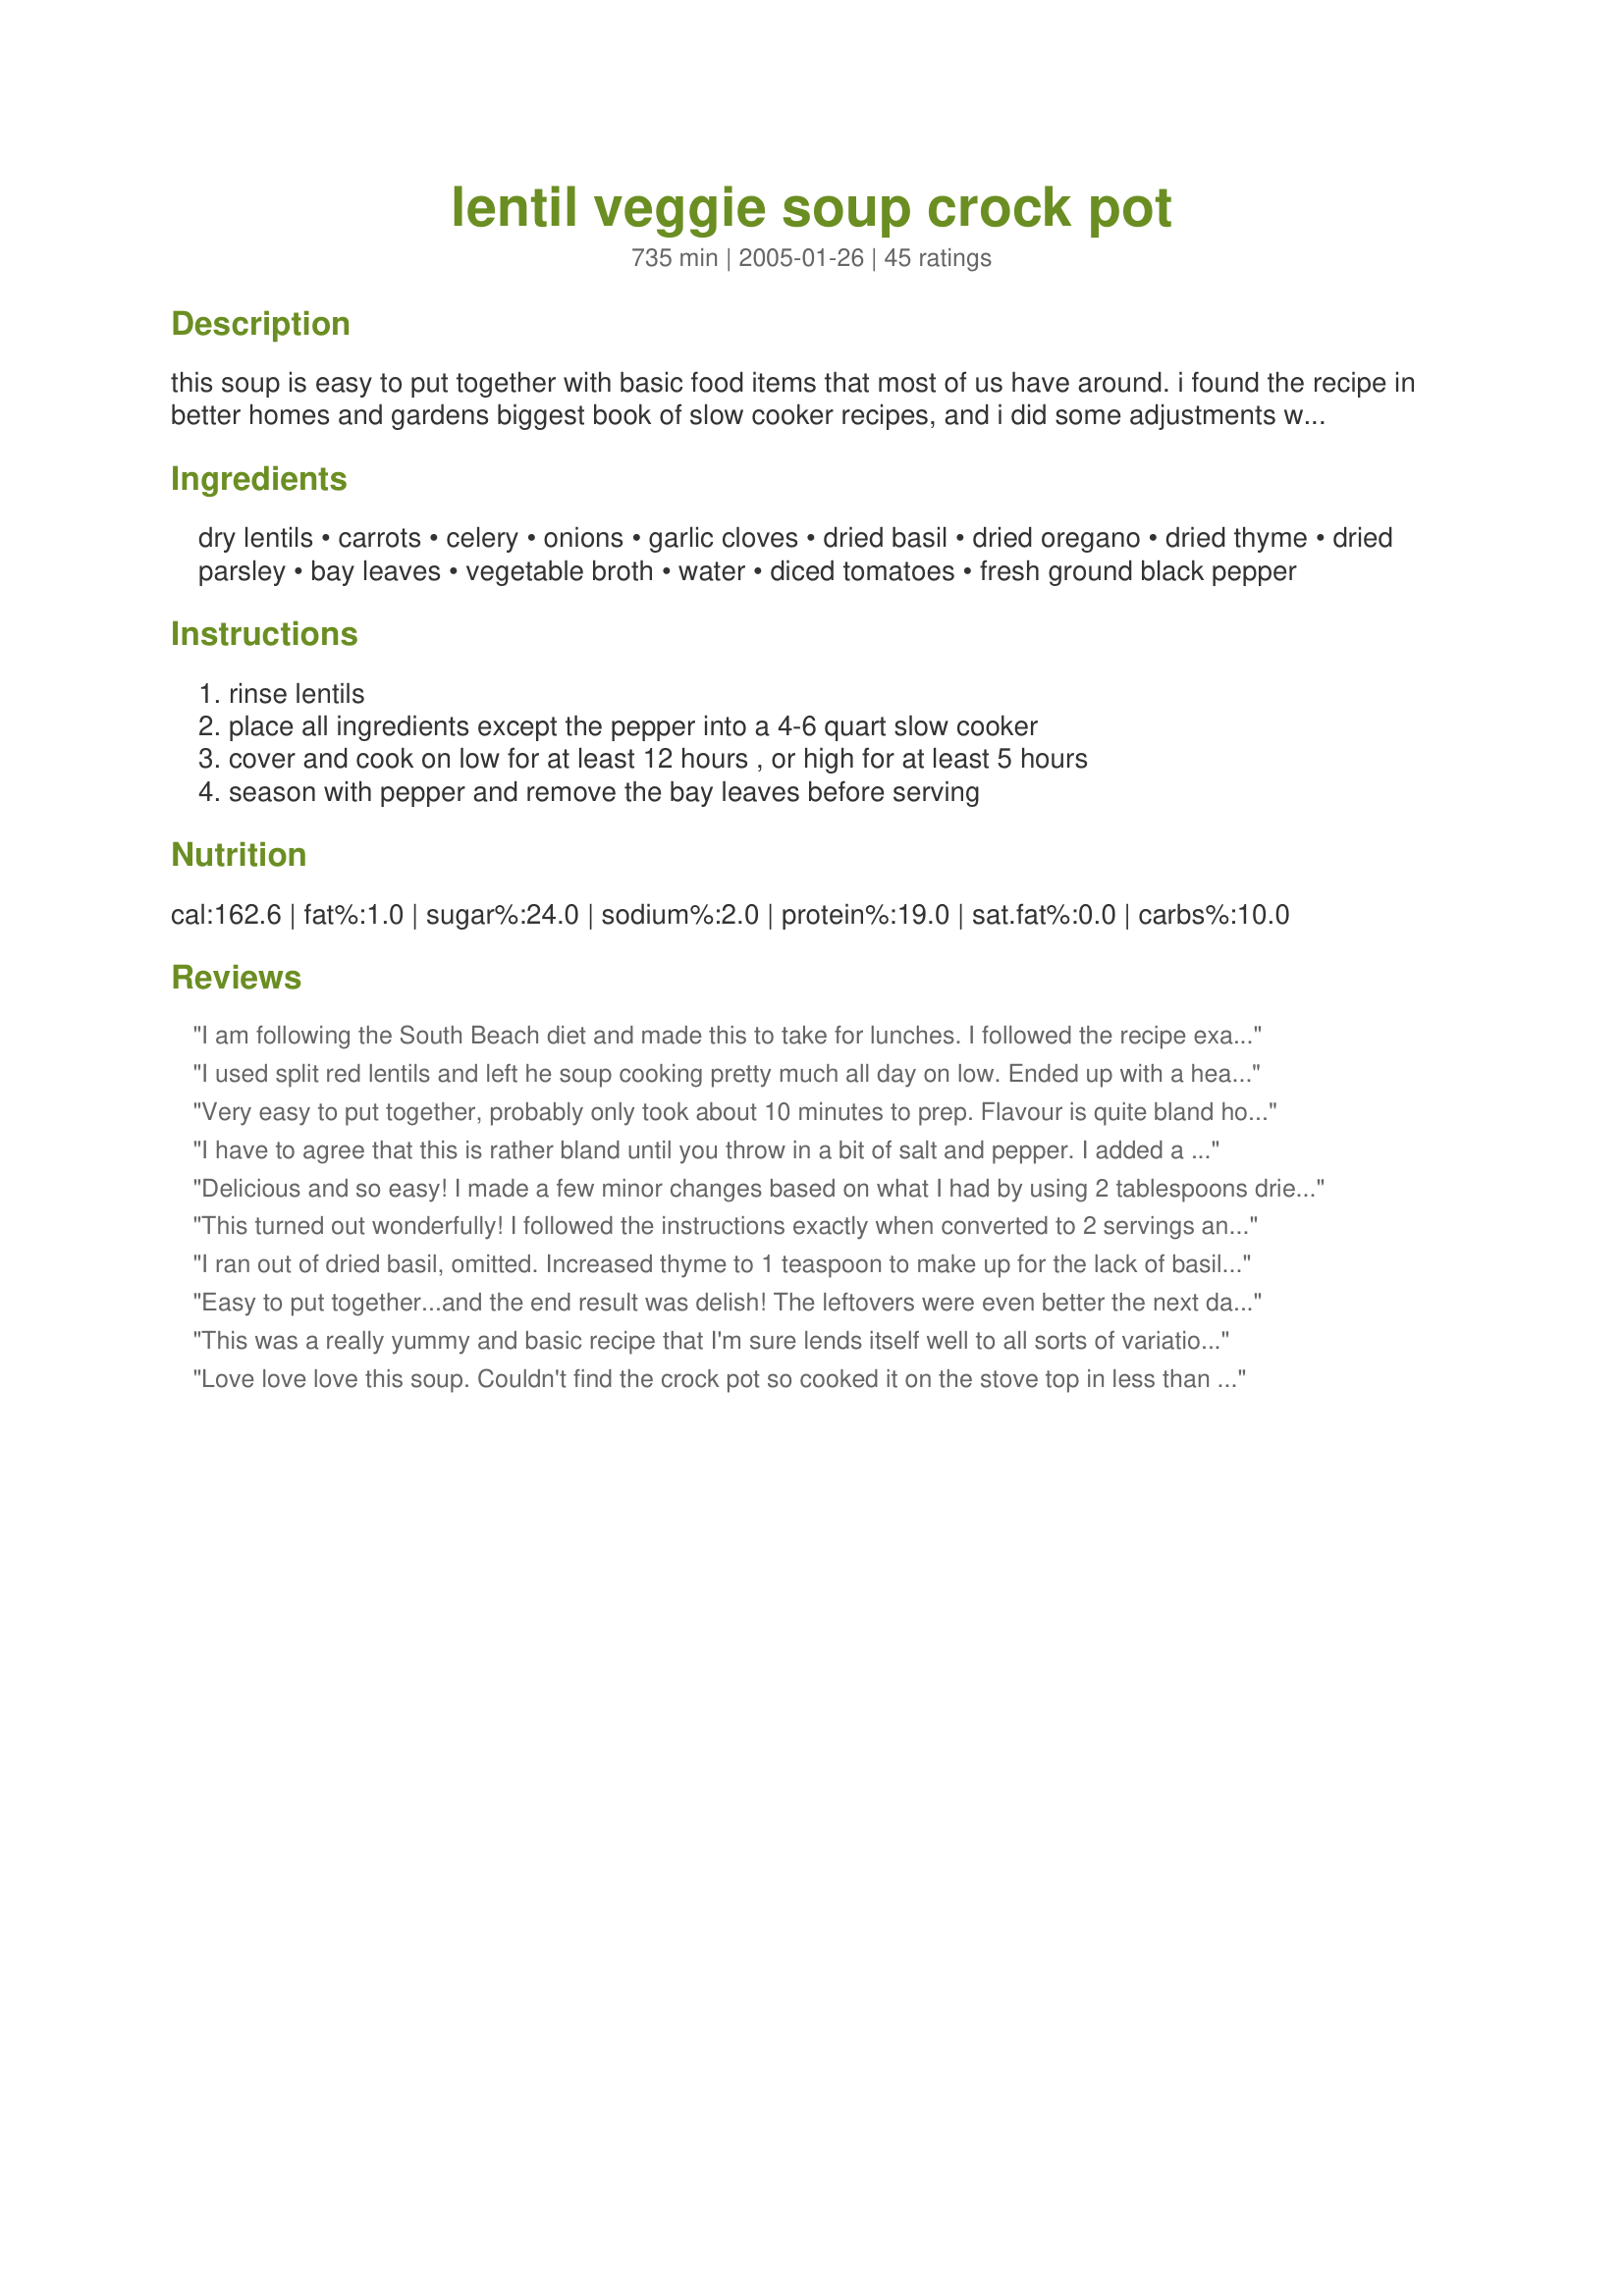
lentil veggie soup crock pot
Preparation time: 735 minutes

this soup is easy to put together with basic food items that most of us have around. i found the recipe in better homes and gardens biggest book of slow cooker recipes, and i did some adjustments with the vegetables and herbs used. i was surprised at how good this very simple soup turned out.

Ingredients:
dry lentils, carrots, celery, onions, garlic cloves, dried basil, dried oregano, dried thyme, dried parsley, bay leaves, vegetable broth, water, diced tomatoes, fresh ground black pepper

Steps:
rinse lentils, place all ingredients except the pepper into a 4-6 quart slow cooker, cover and cook on low for at least 12 hours , or high for at least 5 hours, season with pepper and remove the bay leaves before serving

Reviews:
I am following the South Beach diet and made this to take for lunches. I followed the recipe exactly, omitted the carrots but added 1/2 lb chopped turkey sausage and cooked overnight in the crockpot for 12 hours. The first day, the lentils were undercooked....I used an electric hand held emulsifier to blend in the ingredients for a smoother soup. The next day, it was a bit more flavorful but the lentils were still a bit undercooked. I will try this on the stove top next time and/or soak the lentils overnight.
I used split red lentils and left he soup cooking pretty much all day on low. Ended up with a hearty and tasty soup (although I'll be taking it up a notch or two next time), which both adults and kids liked. I'll be keeping this as a good basic recipe that can take lots of variation.
Very easy to put together, probably only took about 10 minutes to prep. Flavour is quite bland however, I added some some red pepper flakes to give it some heat and it was much better.
I have to agree that this is rather bland until you throw in a bit of salt and pepper. I added a splash of hot sauce as well. This would be a great meal for those with high blood pressure if fresh tomatoes were subsituted for the canned (I used fresh because I had them on hand) and used a low-sodium broth. To me, there can never be enough garlic in a recipe so I smashed 4 cloves up and put them in nearly whole, in addition to 3 minced cloves. Also, used beef broth instead of vegetable and added 1.5 cups of frozen corn. Not a bad recipe as it's super easy to make, but I'll probably only make it when in a bind to use up vegetables.
Delicious and so easy! I made a few minor changes based on what I had by using 2 tablespoons dried onion (instead of regular onions), 2 tablespoons fresh parsley (instead of dried), 1 can of veg broth and 1/2 can of chicken broth, 1 cup of water and 1 large can (28 oz) of tomatoes. I cooked it on low for 10 1/2 hours and it was wonderful soup which we will be having again soon.
This turned out wonderfully! I followed the instructions exactly when converted to 2 servings and made it in a 2 quart crock.
I ran out of dried basil, omitted. Increased thyme to 1 teaspoon to make up for the lack of basil. Substituted 3 tomatoes for the can tomatoes. I added 1/2 cup of barley and increase broth by 1 can. Cooked on high for 5 hours. Squeezed fresh wedges of lime into each bowl at the table. Delicious soup. My daughter asked me to pack some for her school lunch tomorrow. Thank you Vino Girl.
Easy to put together...and the end result was delish! The leftovers were even better the next day. Followed the recipe exactly but left out the celery because I did not have any. Gotta try this with corn bread....great for a chilly fall day. Thanks for posting!
This was a really yummy and basic recipe that I'm sure lends itself well to all sorts of variations. I did not presoak the lentils and they came out just fine after 5 hours on high. I added more liquid as I like a "soupier" soup, and added a hefty bunch of salt before serving. I think you can quite safely sub whatever veggies you may have on hand here; next time I will likely add some green beans and maybe even a potato to make it more of a veggie soup with lentils. Thanks for posting! Made for Healthy Choices ABC tag.
Love love love this soup. Couldn't find the crock pot so cooked it on the stove top in less than an hour, no soaking of lentils. That's the only thing I changed and it was perfect. Thanks for the recipe.
Maybe I'm not being fair giving this 3 stars. I guess it depends on what you want. This soup tasted *exactly* like Progresso Minestrone Soup, but with lentils. So it was more of an italian flavored vegetable soup with lentils, rather than a lentil soup with vegetables. If you want a tomatoey vegetable soup, this will fit the bill, but if you are looking for a traditional lentil soup, you will be disappointed.
Yum yum! This is a great cold rainy day recipe. The lentils were nice and soft but not mushy, and the flavor is outstanding! I doubled the garlic, because I like garlic, and threw in some onion and garlic salt to taste at the end to liven it up. I also tossed in a hint of cumin, just to see what would happen, and it gave it a nice smoky flavor that my spice-loving SO really enjoyed. So, it's recommended as is, or it's easy to zip up to suit everyone's tastes.
Very good recipe for lentils. I made this according to the recipe except I added 2 more cans of broth, 1 beef,1 chicken when it was finished.It was what I had on hand. It had a
great flavor but was too thick for our taste with only 2 cans of broth.I cooked it on high for 7 hrs., and served it with homemade buttermilk bread & butter.
The soup was a bit bland so I would recomend a few pinches of chili powder or some drops of hot sauce.
Great basic recipe. Since we aren't vegetarians, I used chicken broth and then added extra garlic and a few pinches of cayenne pepper. Going to make again very soon with the addition of leftover thanksgiving turkey.
Excellent- I only had 2 hours to make this, not 12, so I sped things up by sauteeing the veggies in oil to soften them before putting them in the crock pot. Also omitted celery because I didn't have any on me and I used Rotel (tomatoes and chilies) for the can of tomatoes. Added a sprinkle of cumin too for a smoky taste!
This soup needed flavor badly. I followed the instructions as written and it is a very bland soup. The only thing I believe could save this soup would be to cook it with sausage or other meat. I love vegetables, and I eat tofu dishes all of the time, this soup is just plain, well, plain. I'll probably just toss it.
This was my first time making Lentils. I loved this sooup, so yummy and healthy. I added some hot sauce, garlic salt, and a little soy sauce for extra flavor!
I didn't find it bland at all. I used Campbell's Vegtable Broth which I think is pretty flavorful. I left the pepper for individuals put on. I put 3 slightly heaped tsp of minced garlic from a jar in. It doesn't really need any extra flavor but if you like a bit of spice hot sauce or cayenne wouldn't go a stray. Also it was easy and smelt yummy when we came home! Thank you!
We really enjoyed this healthy soup! I added some zucchini and even some cauliflour left over from a veggie tray. Added just a pinch of red pepper flakes and a pinch of kosher salt too based on ideas from other reviewers. My crock pot runs really hot, so on low 6 hours was just right. Gotta know your crock pot. Perfect on a cool day with some whole grain bread from the bakery.
An easy, comforting soup on a cool, fall day! It made my house smell so wonderful and tasted just as good. My family said it was a little bland, but I thought it was fine the way it was. Thanks so much for sharing!
Excellent, flavorful. I'm not a fan of regular lentil soup, so the addition of carrots, celery, & onion make it perfect on a cold autumn evening.
I followed the directions exactly expect that I added in mushrooms because I had to get rid of them. Overall, I found this soup bland even though there were a lot of aromatic and spices added. My house smelled wonderful, but it smelled like I was making minestrone soup. It was a great basic recipe and I could seeing it working well with a lot of different flavors and veggies.
This was so delicious and filling! We ate it with toast and with a little shredded cheese on top. It was also very very easy and quick to put together. Thank you, we will be making this again for sure!
So easy and good for you. It is great for a simple, basic dinner that is low fat and healthy. Thanks!
It was good. Easy enough because your using the Crock pot yes, but I found it rather salty maybe because of the can of diced tomatoes. I'm going to try it again next time either using tomato sauce or fresh diced tomatoes. Not bad though I made a few other ones from this site and like them all.
To make a more hearty but still meatless soup, I added 2 Italian Field Roast sausages, minced and browned. I used 2 sweet potatoes instead of carrots. Also added asparagus. mmmmm good!
This was so good. I actually added chicken breasts to this and then once they were cooked, I shredded the chicken. It was delicious.
Good & easy. I used beef broth, and zucchini instead of celery b/c I was out. This needed a good pinch of salt, but otherwise is great as-is! Thanks for an easy & healthy recipe.
DELICIOUS! Followed exactly except A) tomatoes come in 28onces can in my part of the world, so used all B) in a 4.5 quart cooker, used 2 cubes of broth and filled water up to 1/2 inch of ledge in place of cans of broth.
Mmmmmm...this really hit the spot today. My only changes were to cook it on the stove and added a dash of balsamic vinegar to the soup right before serving. Loved it! Thanks for posting.
Easy to make, my lentils came out perfect (I used the plain old brown kind) without pre-soaking suggested by other. Makes a bunch and freezes well.
A healthy and wholesome soup that made a filling lunch along with side salad. For our tastes, it needed a good measure of salt and I threw in a couple shakes of red pepper flakes in addition to the fresh ground black pepper. Thanks and here's to our health
:-)
Not flash, made it as directed and found it lacking in flavour.
Thank you for this recipe. it’s rainy and cold here and the perfect time for this soup, so I will make something like your soup for my husband soon. I hope he is gonna like it. and come to some soup recipe&gt;&gt; http://www.brokevegankitchen.com/2017/08/the-most-searched-lentil-potato-slow.html
This is soup is wonderful!!! Easy to make and great after a long day of work and school.
This was a hit at my church's Lenten soup supper! I used fat free beef broth instead of veggie broth and offered Parmesan cheese to top it off. I'm a WW member and am guessing 1 pt. for 1 cup. Even my 10 year old loved it (he asked me to add some beef next time I make it). Family hit that I'll be making again very soon. :)
Very good! After reading all the reviews, I increased the seasonings and added some marinara sauce. I soaked the lentils over night, cooked everything on low for three hours then on high for 6. It filled the house with a lovely smell that every one commented on. I served it with some whole wheat bread and had the perfect meal for a rainy day. I recieved many compliments on it as well. Thanks for posting an easy and nutritious meal that even my one year old enjoyed!
This is so easy to put together. I read the reviews and made these additions: 1/2 tsp. garlic powder, 1 tsp. Penzey&#039;s smoked paprika and 1/2 tsp Penzey&#039;s Bavarian herbs.

I saut&eacute;ed the diced veggies (before I added the liquid and the lentils), with smoked cheddarwurst (cut into chunks), 1/2 cup minced ham, minced garlic. The aroma in the kitchen is heavenly. Of course, this is, now, not a vegetarian lentil soup.
Fantastic. I added about 8 oz. of smoked sausage cut in 1" cubes. Quick and easy, with superb taste.
Great soup and so simple! I did add another can of vegetable broth, used canned carrots and added a can of tomato sauce just becaue I like the sauce in my vege soup. The soup is not near ready to eat and I have been tasting the broth, it is delicious. Highly recommend this recipe.
So good! This is exactly what I wanted. My dad makes a lentil soup with kielbasa, but I am now vegetarian. Didn't think to ask him for his recipe. This reminds me of home.
Didn't need to soak the lentils. Left the skins on the carrots to keep the earthy flavor. Omitted celery.
First time making soup in the crock pot - and this came out delish!! Will be making again and again! Thanks Vino Girl! :)
I thought this was good and it was certainly easy. I swapped out some of the onion and celery for other veggies, to include peas, green beans, zucchini and yellow squash. I also added about 1/2 cup of tomato sauce (it was in the fridge and needed to be used). Thanks for sharing!
Mmmm..this is a great, healthy comfort soup. I used the suggestion to soak the lentils overnight to avoid undercooking. Since the lentils had already absorbed so much water, I added only 1/2 cup water to the crockpot, in addition to the broth. I had some leftover roast beef,so that went in too. I will enjoy this all week for lunch. Thanks Vino Girl!
